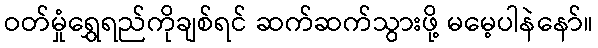
ဝတ်မှုံရွှေရည်ကိုချစ်ရင် ဆက်ဆက်သွားဖို့ မမေ့ပါနဲနော်။